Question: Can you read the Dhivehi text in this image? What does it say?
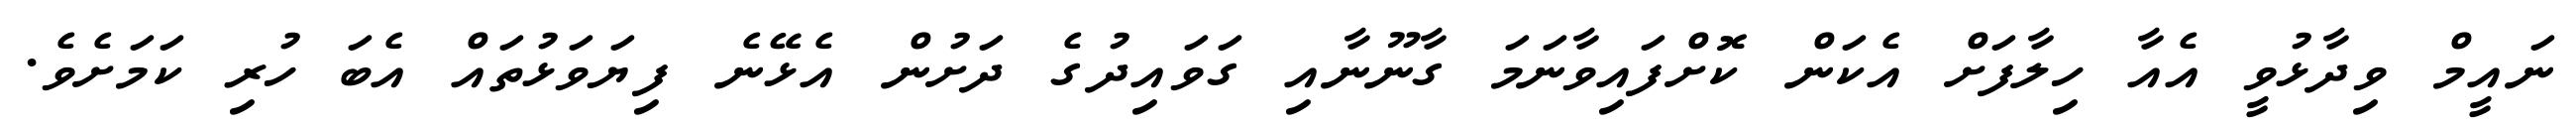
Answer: ނައީމް ވިދާޅުވީ އެއާ ހިލާފަށް އެކަން ކޮށްފައިވާނަމަ ގާނޫނާއި ގަވައިދުގެ ދަށުން އެޅޭނެ ފިޔަވަޅުތައް އެބަ ހުރި ކަމަށެވެ.